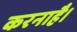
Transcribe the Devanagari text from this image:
करनाहै।